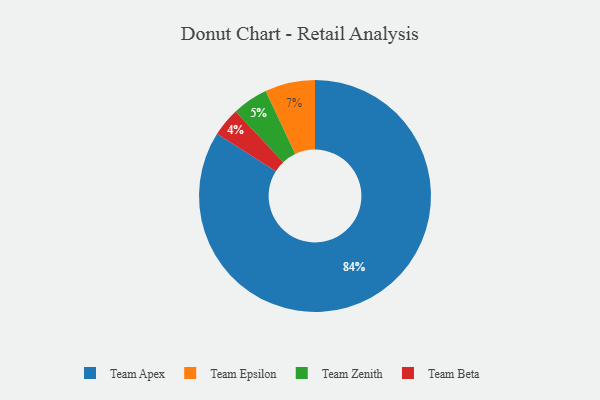
{"axis": {"x": "Category", "y": "Percentage"}, "legend": ["Team Apex", "Team Beta", "Team Epsilon", "Team Zenith"], "data": [{"x": "Team Epsilon", "y": 7, "type": "Team Epsilon"}, {"x": "Team Zenith", "y": 5, "type": "Team Zenith"}, {"x": "Team Apex", "y": 84, "type": "Team Apex"}, {"x": "Team Beta", "y": 4, "type": "Team Beta"}]}